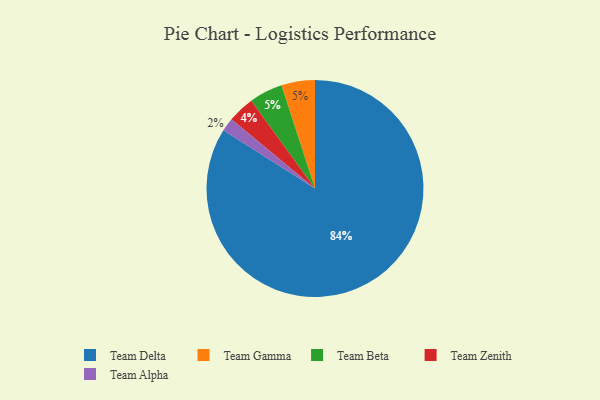
{"axis": {"x": "Category", "y": "Percentage"}, "legend": ["Team Alpha", "Team Beta", "Team Delta", "Team Gamma", "Team Zenith"], "data": [{"x": "Team Delta", "y": 84, "type": "Team Delta"}, {"x": "Team Zenith", "y": 4, "type": "Team Zenith"}, {"x": "Team Gamma", "y": 5, "type": "Team Gamma"}, {"x": "Team Beta", "y": 5, "type": "Team Beta"}, {"x": "Team Alpha", "y": 2, "type": "Team Alpha"}]}